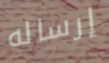
إرساله